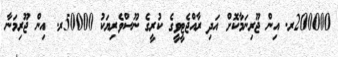
200000ރ. އިން ޖޫރިނަމާކޮށް އަދި ރާއްޖެޓީވީގެ ކުރީގެ ނޫސްވެރިޔަކު 50000ރ. އިން ޖޫރިމަނާ